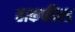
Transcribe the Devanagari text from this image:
हाकफील्ड